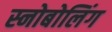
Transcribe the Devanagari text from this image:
स्नोबोलिंग